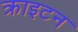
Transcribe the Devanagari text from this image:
क्राइटन